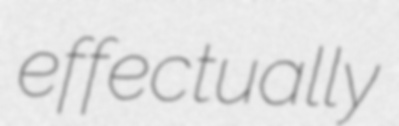
effectually